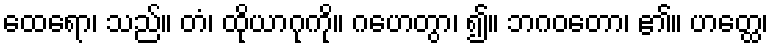
ထေရော၊ သည်။ တံ၊ ထိုယာဂုကို။ ဂဟေတွာ၊ ၍။ ဘဂဝတော၊ ၏။ ဟတ္ထေ၊